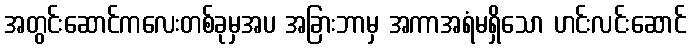
အတွင်းဆောင်ကလေးတစ်ခုမှအပ အခြားဘာမှ အကာအရံမရှိသော ဟင်းလင်းဆောင်